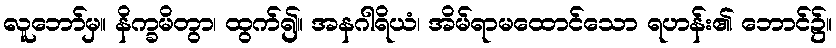
လူဘော်မှ။ နိက္ခမိတွာ၊ ထွက်၍။ အနဂါရိယံ၊ အိမ်ရာမထောင်သော ရဟန်း၏ ဘောင်၌။